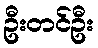
ဦးတင်ဦး